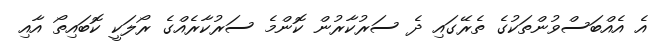
އެ އެއްބަސްވުންތަކުގެ ތެރޭގައި ދެ ސަރުކާރުން ކޮންމެ ސަރުކާރެއްގެ ރޯލަކީ ކޮބައިތޯ އާއި